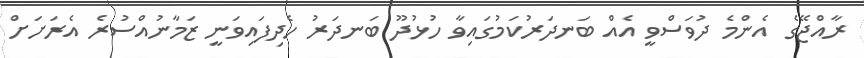
ރާއްޖޭގެ އެންމެ ދުވަސްވީ އެއް ބަނދަރުކަމުގައިވާ ހުޅުދޫ ބަނދަރު ހެދިފައިވަނީ ޒަމާނުއްސުރެ އެރަށަށް